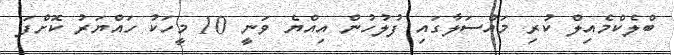
ބްލެކްމެއިލް ކުރި މައްސަލާގައި ފުލުހުން އިއްޔެ ވަނީ 10 މީހަކު ހައްޔަރު ކޮށްފަ